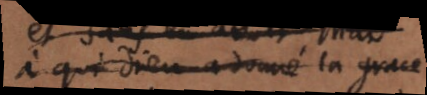
à qui Dieu a donné la grace